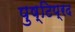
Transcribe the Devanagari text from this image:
पुष्टिप्रद